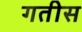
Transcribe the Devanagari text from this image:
गतीस